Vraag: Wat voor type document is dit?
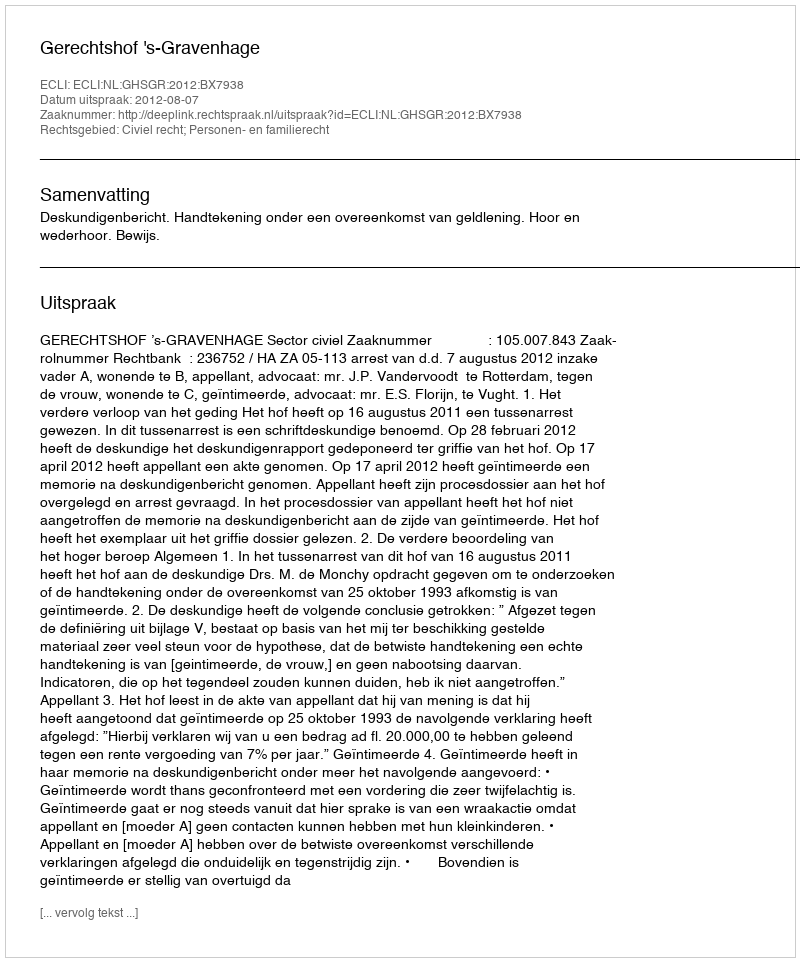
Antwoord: Uitspraak